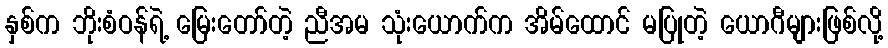
နှစ်က ဘိုးစံဝန်ရဲ့ မြေးတော်တဲ့ ညီအမ သုံးယောက်က အိမ်ထောင် မပြုတဲ့ ယောဂီများဖြစ်လို့